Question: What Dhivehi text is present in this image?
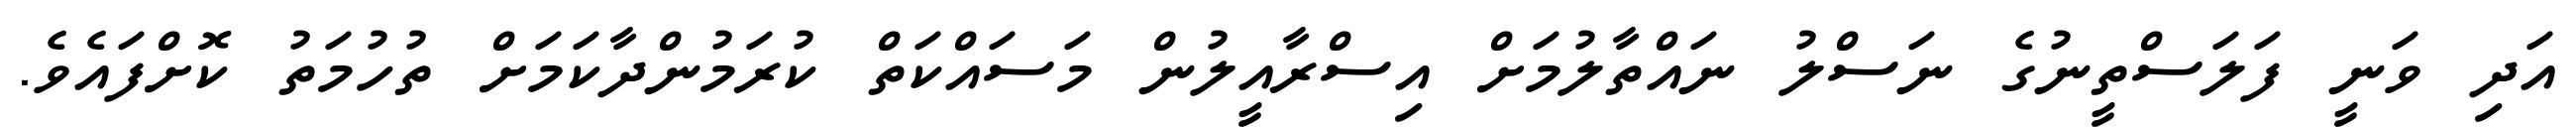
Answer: އަދި ވަނީ ފަލަސްތީނުގެ ނަސްލު ނައްތާލުމަށް އިސްރާއީލުން މަސައްކަތް ކުރަމުންދާކަމަށް ތުހުމަތު ކޮށްފައެވެ.